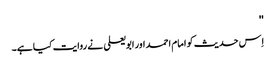
''
اِس حدیث کو امام احمد اور ابو یعلی نے روایت کیا ہے۔